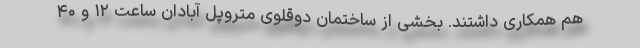
هم همکاری داشتند. بخشی از ساختمان دوقلوی متروپل آبادان ساعت ۱۲ و ۴۰